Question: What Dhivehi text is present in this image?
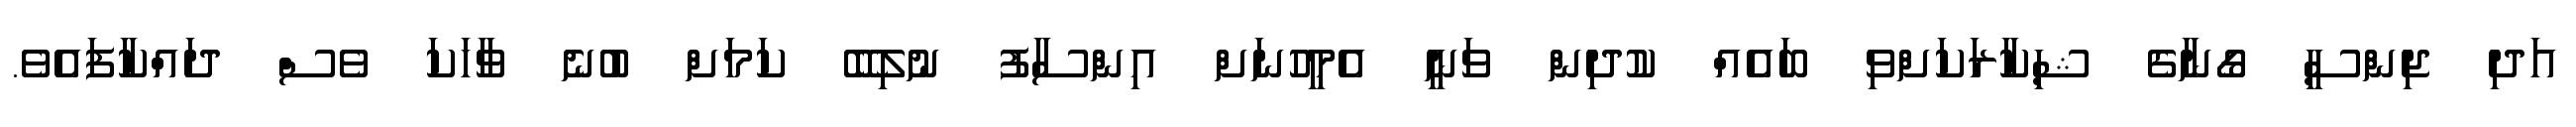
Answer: އަދި ޖިންސީ ގޯނާގެ ޝިކާރަކަށްވި ބައެއް ކުދިން ވަނީ އެމީހުނަށް އިންސާފު ނުލިބޭ ކަމަށް ބުނެ ވާހަކަ ވެސް ދައްކާފައެވެ.